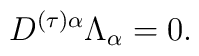
D^{(\tau)\alpha}\Lambda_{\alpha}= 0.